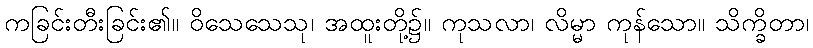
ကခြင်းတီးခြင်း၏။ ဝိသေသေသု၊ အထူးတို့၌။ ကုသလာ၊ လိမ္မာ ကုန်သော။ သိက္ခိတာ၊